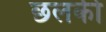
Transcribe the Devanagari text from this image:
छलकी